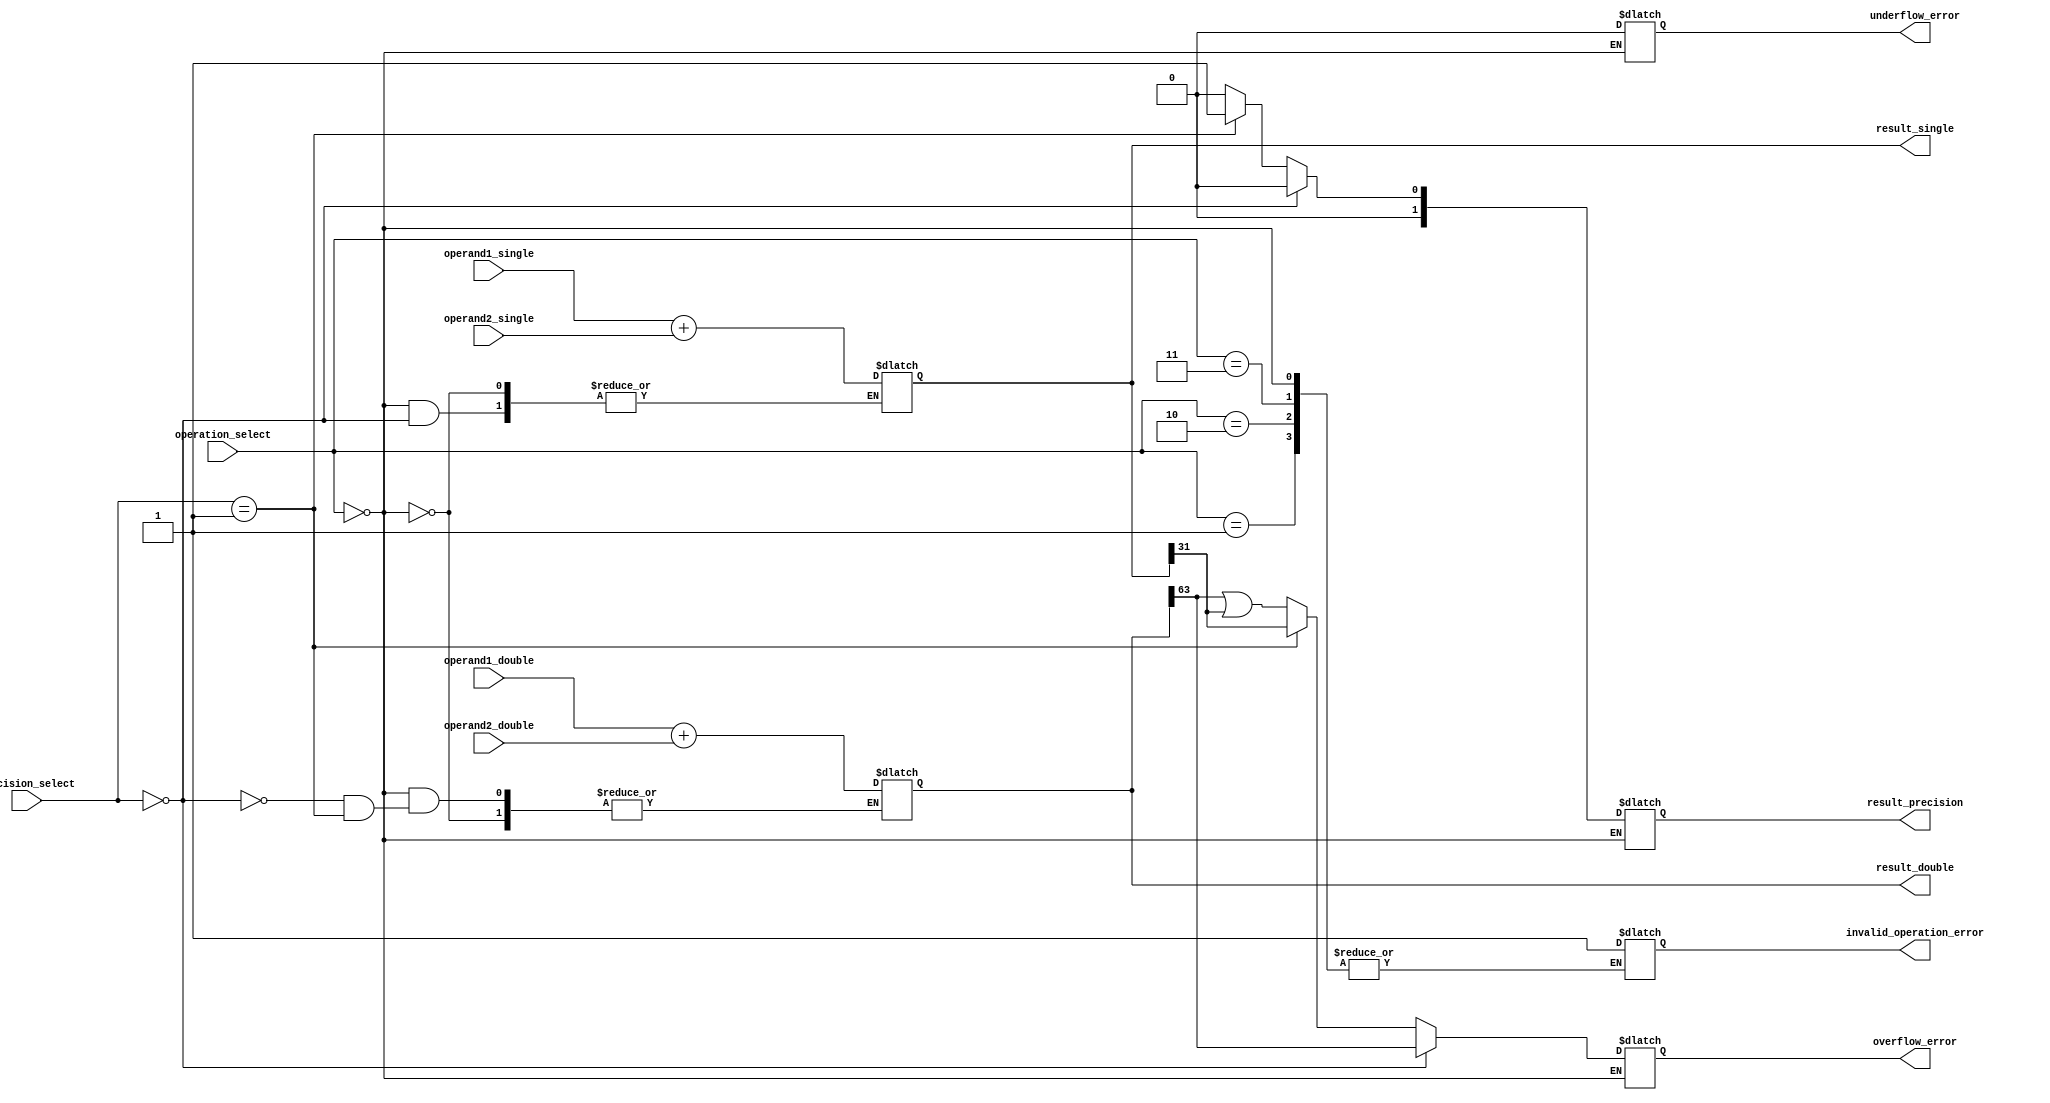
module mixed_precision_fp_unit(
    input wire [63:0] operand1_double,
    input wire [63:0] operand2_double,
    input wire [31:0] operand1_single,
    input wire [31:0] operand2_single,
    input wire [1:0] precision_select, // 00 - double, 01 - single, 10 - mixed
    input wire [2:0] operation_select, // 000 - addition, 001 - subtraction, 010 - multiplication, 011 - division
    output reg [63:0] result_double,
    output reg [31:0] result_single,
    output reg [1:0] result_precision, // 00 - double, 01 - single
    output reg overflow_error,
    output reg underflow_error,
    output reg invalid_operation_error
);

always @(precision_select, operand1_double, operand2_double, operand1_single, operand2_single, operation_select) begin
    case(operation_select)
        3'b000: begin // addition
            if(precision_select == 2'b00) begin // double precision
                result_double <= operand1_double + operand2_double;
                result_precision <= 2'b00;
                overflow_error <= result_double[63];
                underflow_error <= 0;
            end else if(precision_select == 2'b01) begin // single precision
                result_single <= operand1_single + operand2_single;
                result_precision <= 2'b01;
                overflow_error <= result_single[31];
                underflow_error <= 0;
            end else begin // mixed precision
                result_double <= operand1_double + operand2_double;
                result_single <= operand1_single + operand2_single;
                result_precision <= 2'b00; // default to double precision
                overflow_error <= result_double[63] | result_single[31];
                underflow_error <= 0;
            end
        end
        3'b001: begin // subtraction
            // similar logic to addition
        end
        3'b010: begin // multiplication
            // similar logic to addition
        end
        3'b011: begin // division
            // similar logic to addition
        end
        default: begin
            invalid_operation_error <= 1;
        end
    endcase
end

endmodule